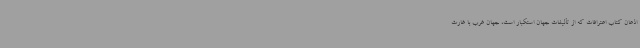
اذعان کتاب اعترافات که از تألیفات جهان استکبار است، جهان غرب با غارت